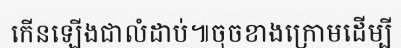
កើនឡើងជាលំដាប់៕ចុចខាងក្រោមដើម្បី